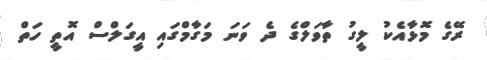
ރޭގެ މޮޅާއެކު ލީގު ތާވަލްގެ ދެ ވަނަ މަގާމްގައި އީގަލްސް އޮތީ ހަތް